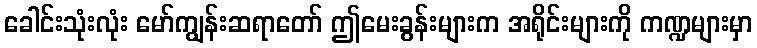
ခေါင်းသုံးလုံး မော်ကျွန်းဆရာတော် ဤမေးခွန်းများက အရိုင်းများကို ကဏ္ဍများမှာ